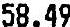
58.49